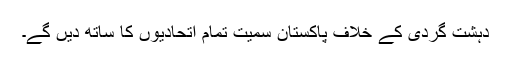
دہشت گردی کے خلاف پاکستان سمیت تمام اتحادیوں کا ساتھ دیں گے۔